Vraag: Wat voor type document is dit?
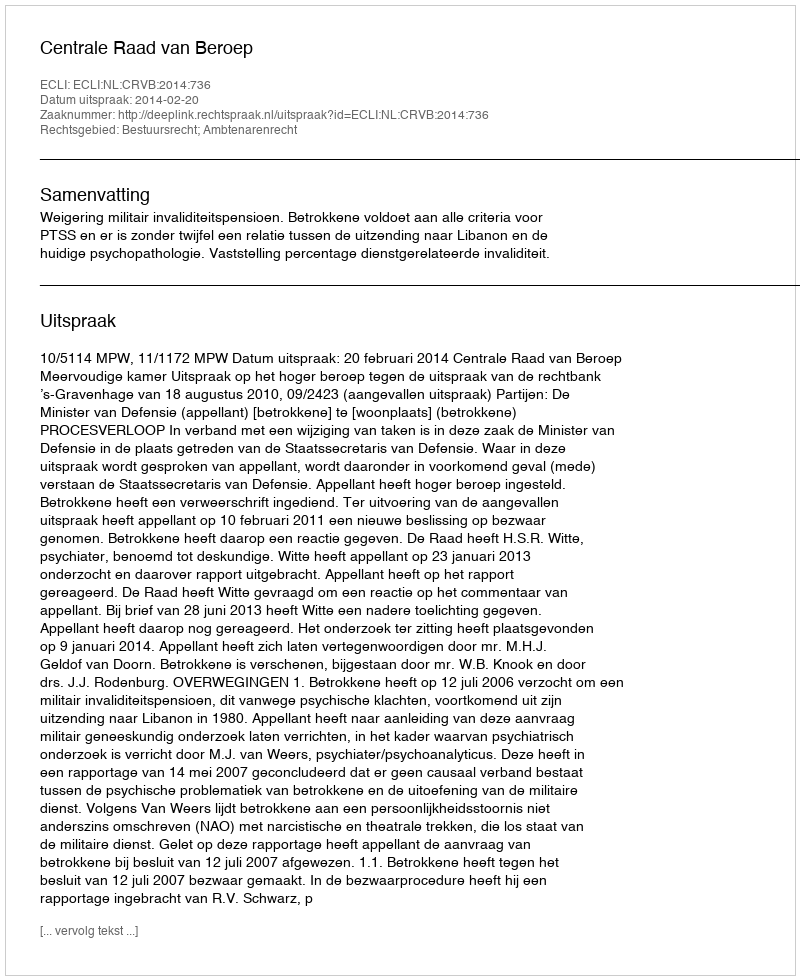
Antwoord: Uitspraak